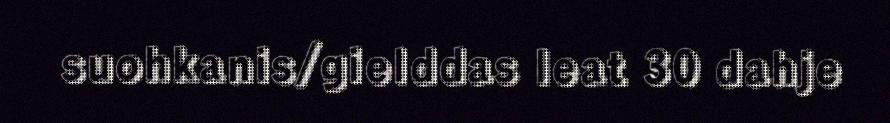
suohkanis/gielddas leat 30 dahje